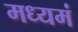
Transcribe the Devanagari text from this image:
मध्यमं